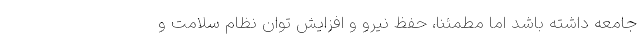
جامعه داشته باشد اما مطمئناً، حفظ نیرو و افزایش توان نظام سلامت و